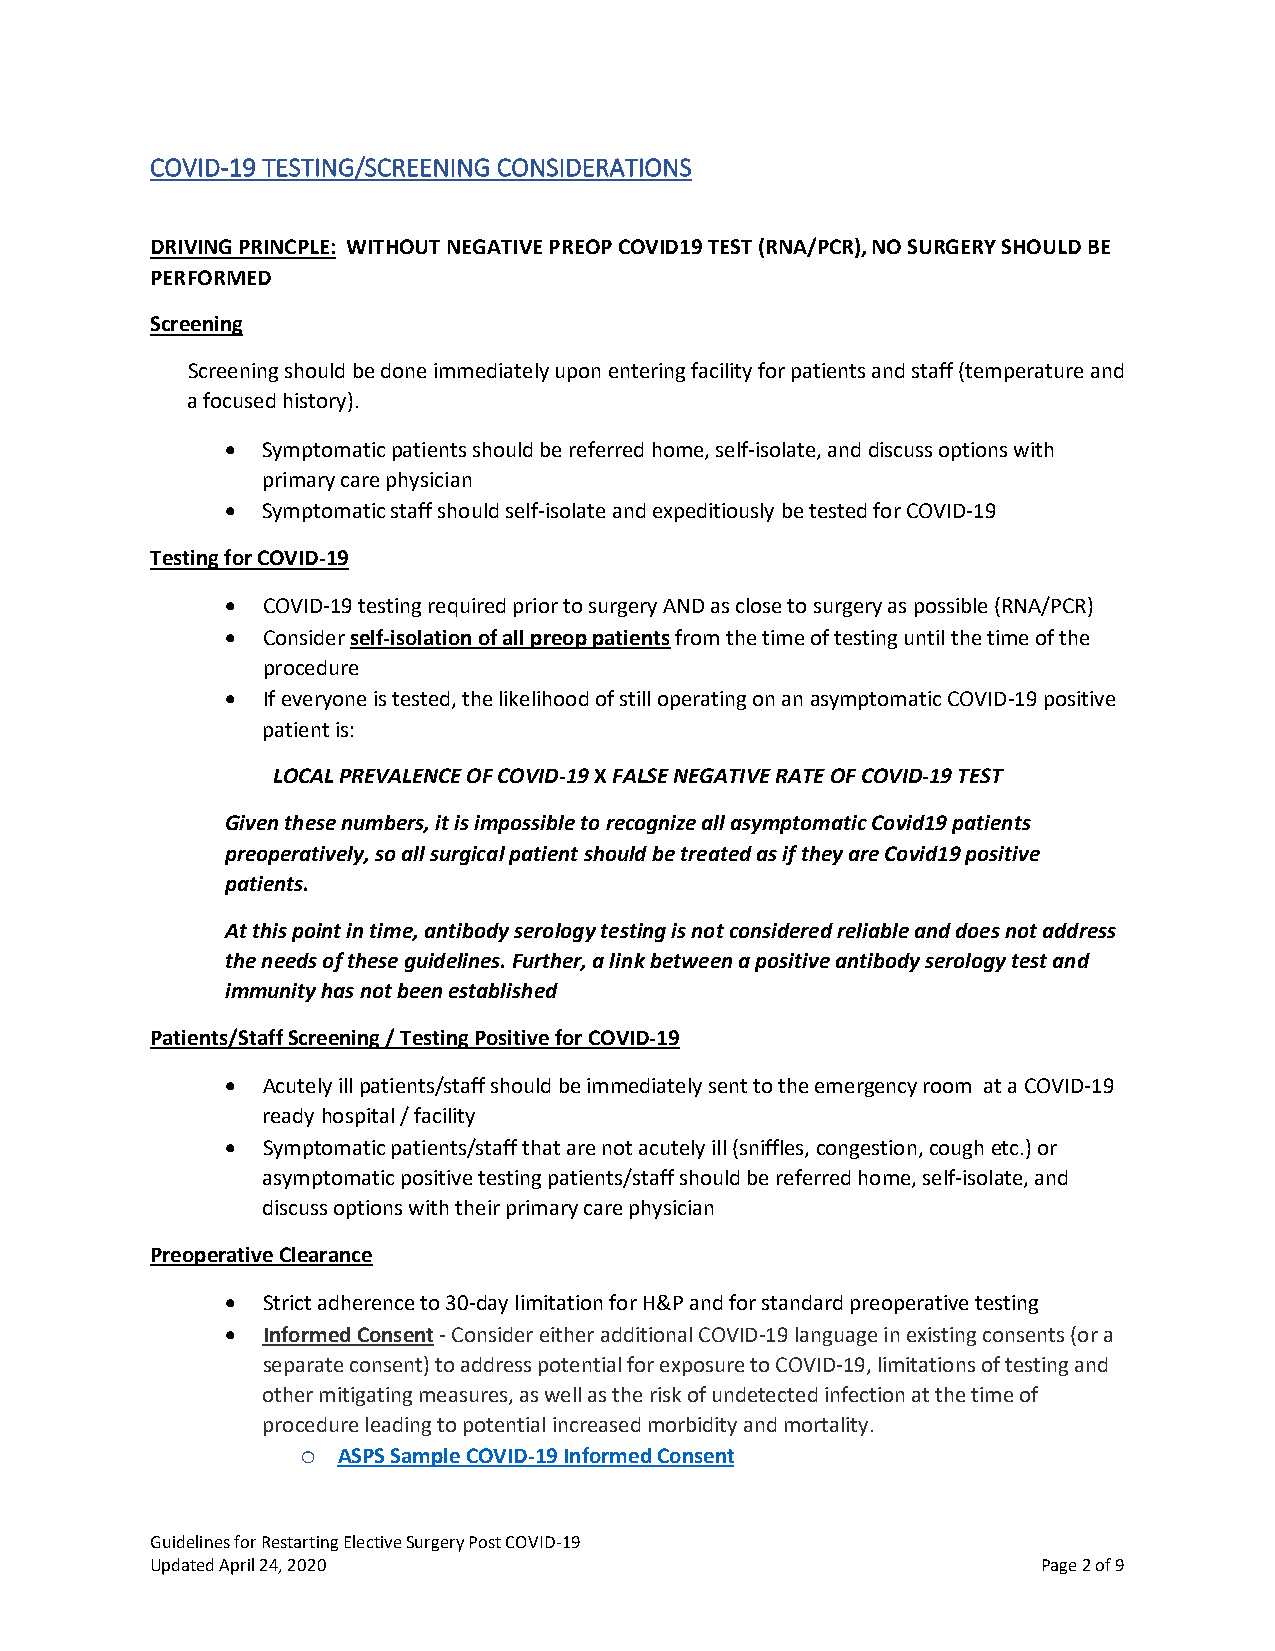
COVID-19 TESTING/SCREENING CONSIDERATIONS
 DRIVING PRINCPLE: WITHOUT NEGATIVE PREOP COVID19 TEST (RNA/PCR), NO SURGERY SHOULD BE
 PERFORMED
 Screening
 Screening should be done immediately upon entering facility for patients and staff (temperature and
 a focused history).
 • Symptomatic patients should be referred home, self-isolate, and discuss options with
 primary care physician
 • Symptomatic staff should self-isolate and expeditiously be tested for COVID-19
 Testing for COVID-19
 • COVID-19 testing required prior to surgery AND as close to surgery as possible (RNA/PCR)
 • Consider self-isolation of all preop patients from the time of testing until the time of the
 procedure
 • If everyone is tested, the likelihood of still operating on an asymptomatic COVID-19 positive
 patient is:
 LOCAL PREVALENCE OF COVID-19 X FALSE NEGATIVE RATE OF COVID-19 TEST
 Given these numbers, it is impossible to recognize all asymptomatic Covid19 patients
 preoperatively, so all surgical patient should be treated as if they are Covid19 positive
 patients.
 At this point in time, antibody serology testing is not considered reliable and does not address
 the needs of these guidelines. Further, a link between a positive antibody serology test and
 immunity has not been established
 Patients/Staff Screening / Testing Positive for COVID-19
 • Acutely ill patients/staff should be immediately sent to the emergency room at a COVID-19
 ready hospital / facility
 • Symptomatic patients/staff that are not acutely ill (sniffles, congestion, cough etc.) or
 asymptomatic positive testing patients/staff should be referred home, self-isolate, and
 discuss options with their primary care physician
 Preoperative Clearance
 • Strict adherence to 30-day limitation for H&P and for standard preoperative testing
 • Informed Consent - Consider either additional COVID-19 language in existing consents (or a
 separate consent) to address potential for exposure to COVID-19, limitations of testing and
 other mitigating measures, as well as the risk of undetected infection at the time of
 procedure leading to potential increased morbidity and mortality.
 ASPS Sample COVID-19 Informed Consent
 o
 Guidelines for Restarting Elective Surgery Post COVID-19
 Updated April 24, 2020                                     Page 2 of 9